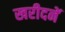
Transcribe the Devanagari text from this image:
खरीदनें